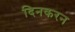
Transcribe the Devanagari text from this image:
दिनकरन